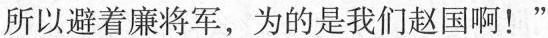
所以避着廉将军，为的是我们赵国啊！”